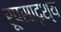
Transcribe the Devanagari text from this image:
रूपसादृश्य